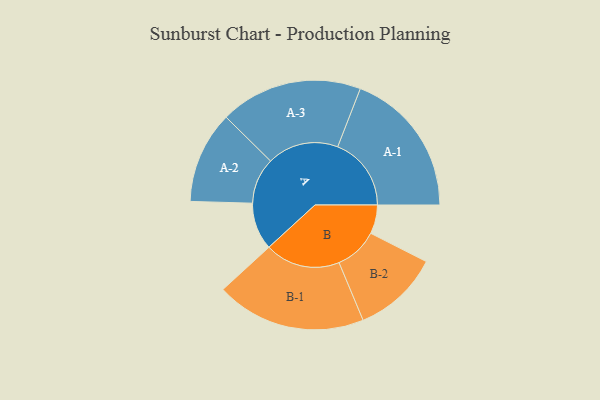
{"axis": {"x": "Segment", "y": "Value"}, "legend": ["", "A", "B"], "data": [{"x": "A", "y": 187, "type": ""}, {"x": "B", "y": 114, "type": ""}, {"x": "A-1", "y": 291, "type": "A"}, {"x": "A-2", "y": 182, "type": "A"}, {"x": "A-3", "y": 282, "type": "A"}, {"x": "B-1", "y": 297, "type": "B"}, {"x": "B-2", "y": 171, "type": "B"}]}